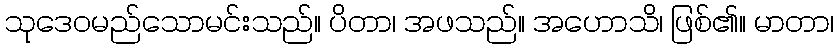
သုဒေဝမည်သောမင်းသည်။ ပိတာ၊ အဖသည်။ အဟောသိ၊ ဖြစ်၏။ မာတာ၊